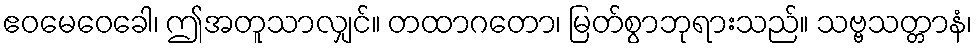
ဧဝမေဝေခေါ၊ ဤအတူသာလျှင်။ တထာဂတော၊ မြတ်စွာဘုရားသည်။ သဗ္ဗသတ္တာနံ၊